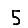
Digit: 5